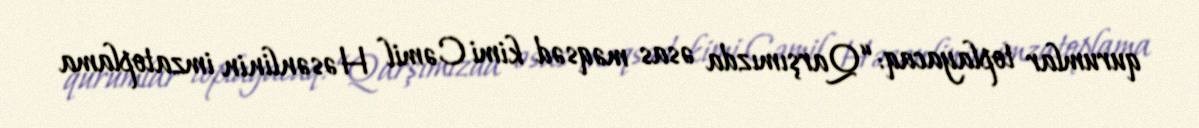
qurumlar toplayacaq: “Qarşımızda əsas məqsəd kimi Cəmil Həsənlinin imzatoplama